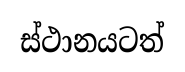
ස්ථානයටත්